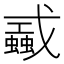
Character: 𢨜